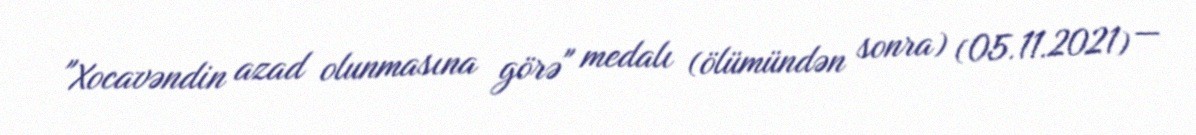
"Xocavəndin azad olunmasına görə" medalı (ölümündən sonra) (05.11.2021) —